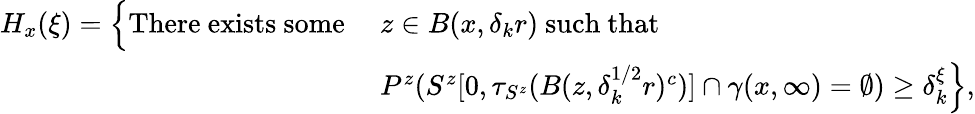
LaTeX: \begin{array}{rl}{H_{x}(\xi)=\Bigl\{ \mathrm{There~exists~some~}}&{z\in B(x,\delta_{k}r)\mathrm{~such~that~}}\\ &{P^{z}(S^{z}[0,\tau_{S^{z}}(B(z,\delta_{k}^{1/2}r)^{c})]\cap\gamma(x,\infty)=\emptyset)\ge\delta_{k}^{\xi}\Bigr\} ,}\end{array}